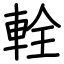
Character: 輇